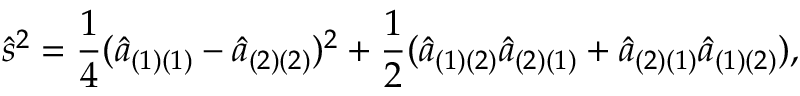
{ \hat { s } } ^ { 2 } = { \frac { 1 } { 4 } } ( { \hat { a } } _ { ( 1 ) ( 1 ) } - { \hat { a } } _ { ( 2 ) ( 2 ) } ) ^ { 2 } + { \frac { 1 } { 2 } } ( { \hat { a } } _ { ( 1 ) ( 2 ) } { \hat { a } } _ { ( 2 ) ( 1 ) } + { \hat { a } } _ { ( 2 ) ( 1 ) } { \hat { a } } _ { ( 1 ) ( 2 ) } ) ,